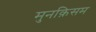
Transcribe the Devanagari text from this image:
मुनक़िसम